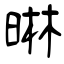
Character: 晽